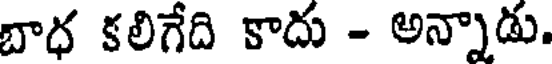
బాధ కలిగేది కాదు - అన్నాడు.